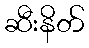
ဆီးနိတ်